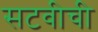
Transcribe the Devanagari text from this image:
सटवीची